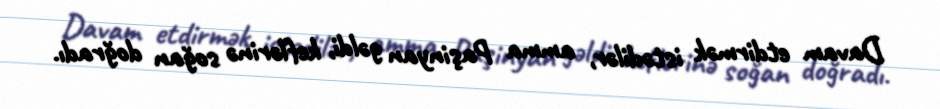
Davam etdirmək istədilər, amma Paşinyan gəldi, keflərinə soğan doğradı.